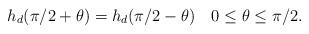
LaTeX: \begin{align*} h_d(\pi/2+\theta)=h_d(\pi/2-\theta) \quad 0\leq \theta\leq \pi/2. \end{align*}